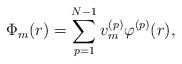
LaTeX: \begin{align*}\Phi_m(r) = \sum_{p=1}^{N-1} v_m^{(p)}\varphi^{(p)}(r) ,\end{align*}